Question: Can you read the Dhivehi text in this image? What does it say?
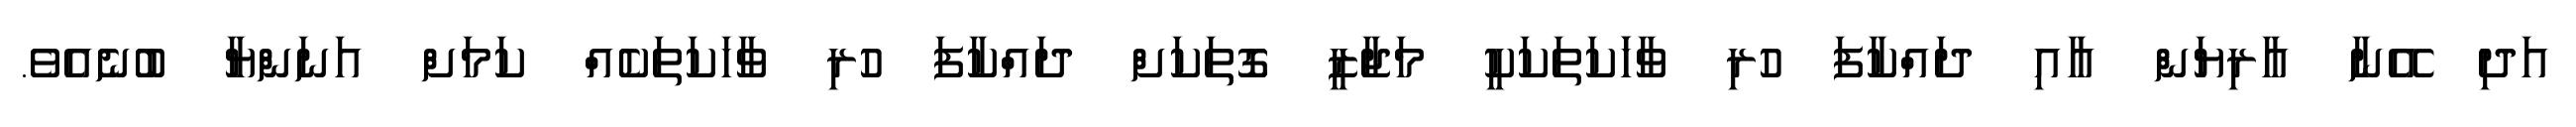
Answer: އަދި އޭނާ އާރިޔަން އާއި ދައްކާފަ ހުރި ވާހަަކަތަކަކީ މަޖާޒީ ގޮތަކަށް ދައްކާފަ ހުރި ވާހަކަތަކެއް ކަމަށް އަނަންޔާ ބުނެއެވެ.